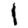
Digit: 1